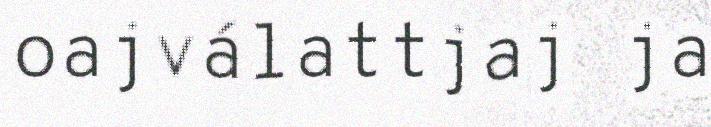
oajválattjaj ja